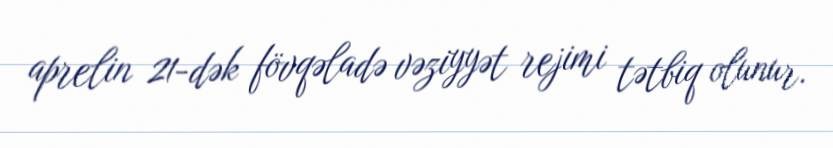
aprelin 21-dək fövqəladə vəziyyət rejimi tətbiq olunur.